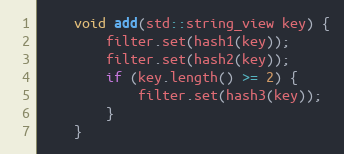
Language: C
    void add(std::string_view key) {
        filter.set(hash1(key));
        filter.set(hash2(key));
        if (key.length() >= 2) {
            filter.set(hash3(key));
        }
    }